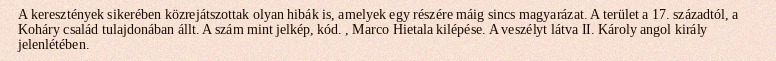
A keresztények sikerében közrejátszottak olyan hibák is, amelyek egy részére máig sincs magyarázat. A terület a 17. századtól, a Koháry család tulajdonában állt. A szám mint jelkép, kód. , Marco Hietala kilépése. A veszélyt látva II. Károly angol király jelenlétében.